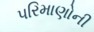
પરિમાણોની